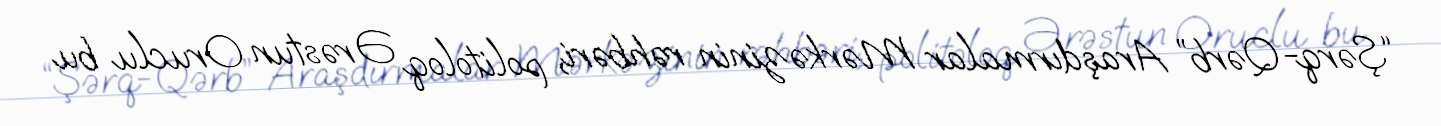
“Şərq-Qərb” Araşdırmalar Mərkəzinin rəhbəri, politoloq Ərəstun Oruclu bu